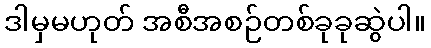
ဒါမှမဟုတ် အစီအစဉ်တစ်ခုခုဆွဲပါ။